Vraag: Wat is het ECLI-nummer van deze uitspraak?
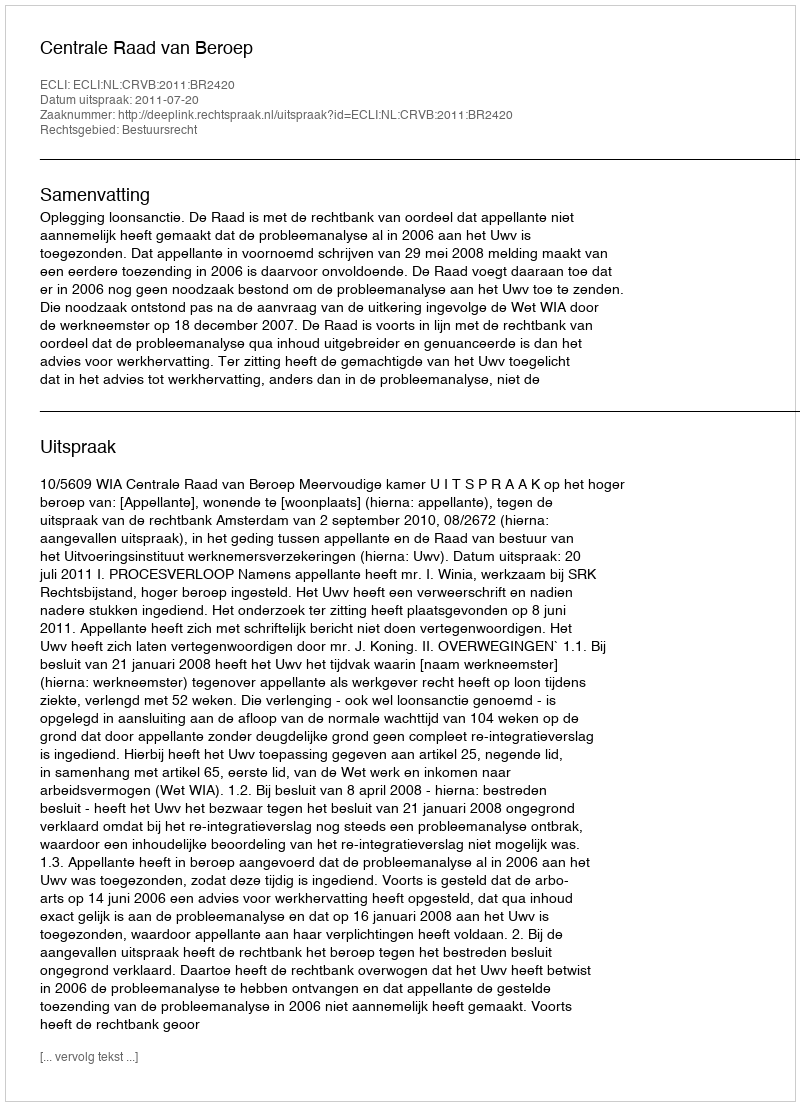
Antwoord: ECLI:NL:CRVB:2011:BR2420